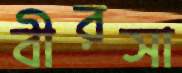
বীরসা